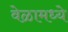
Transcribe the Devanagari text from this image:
वेळामध्ये